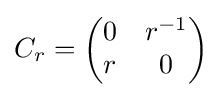
C_{r}={\begin{pmatrix}0&r^{-1}\\r&0\end{pmatrix}}